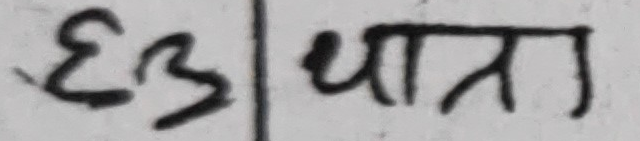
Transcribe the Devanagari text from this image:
६३ छात्र